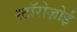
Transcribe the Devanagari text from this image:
स्टॉरोज़ोई